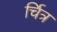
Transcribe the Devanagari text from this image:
र्चित्र